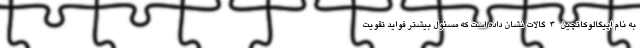
به نام اپیگالوکاتچین-3-گالات نشان داده است که مسئول بیشتر فواید تقویت